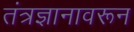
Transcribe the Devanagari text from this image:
तंत्रज्ञानावरून